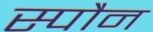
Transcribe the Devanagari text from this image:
स्पौन